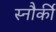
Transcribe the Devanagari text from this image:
स्नौर्की